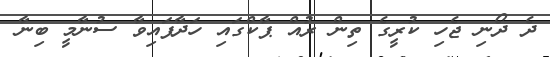
ދެ ދޯނި ޖެހި ކުރީގެ ތިން ރުއް ޕާކްގައި ހަދާފައިވާ ސުނާމީ ބިނާ